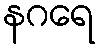
နဂရေ